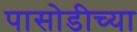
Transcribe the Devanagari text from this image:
पासोडीच्या